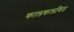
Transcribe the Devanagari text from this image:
कालकलवित